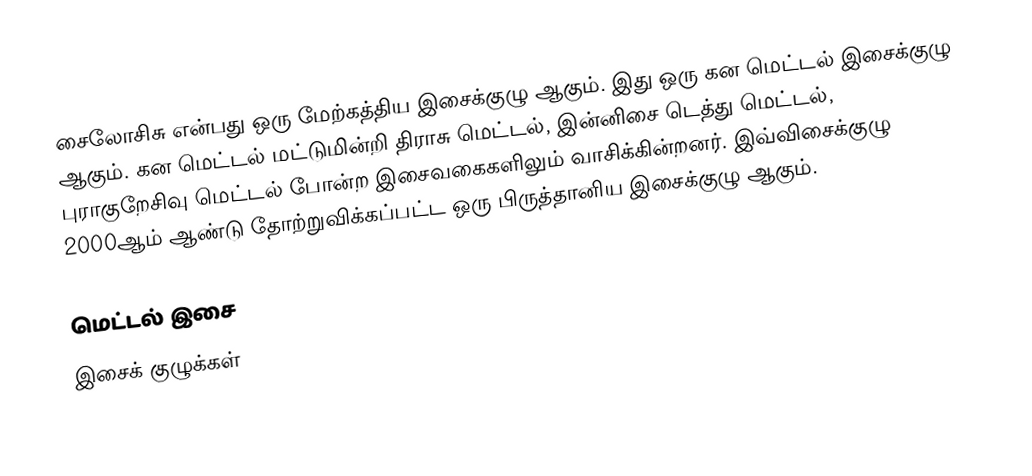
சைலோசிசு என்பது ஒரு மேற்கத்திய இசைக்குழு ஆகும். இது ஒரு கன மெட்டல் இசைக்குழு ஆகும். கன மெட்டல் மட்டுமின்றி திராசு மெட்டல், இன்னிசை டெத்து மெட்டல், புராகுறேசிவு மெட்டல் போன்ற இசைவகைகளிலும் வாசிக்கின்றனர். இவ்விசைக்குழு 2000ஆம் ஆண்டு தோற்றுவிக்கப்பட்ட ஒரு பிருத்தானிய இசைக்குழு ஆகும்.

மெட்டல் இசை
இசைக் குழுக்கள்